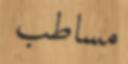
مساطب